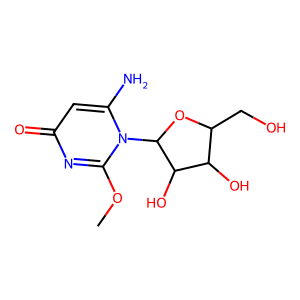
SMILES: COc1nc(=O)cc(N)n1C1OC(CO)C(O)C1O
Inhibits HIV replication: No